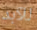
للآبد